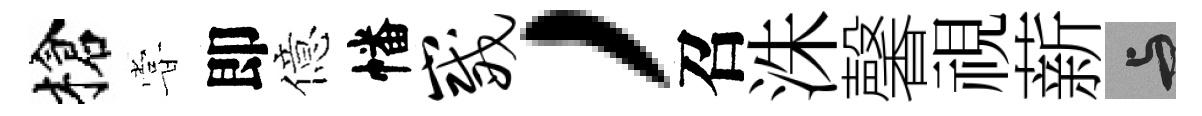
槍甞即億幡崴，召洙馨視薪与